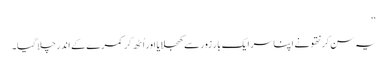
‘‘
یہ سن کر نتھو نے اپنا سر ایک بار زور سے کھجلایا اور اُٹھ کر کمرے کے اندر چلا گیا۔